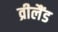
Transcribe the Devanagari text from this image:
व्रीलैंड